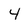
Character: 4